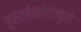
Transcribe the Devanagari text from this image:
हल्लेखोरांमुळे